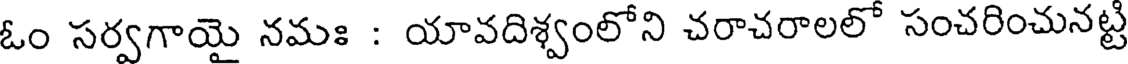
ఓం సర్వగాయై నమః : యావదిశ్వంలోని చరాచరాలలో సంచరించునట్టి